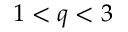
1 < q < 3